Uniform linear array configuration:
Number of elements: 8
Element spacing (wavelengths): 1
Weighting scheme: hann
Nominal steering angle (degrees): -45
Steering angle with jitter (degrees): -43.119
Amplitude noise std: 0.05
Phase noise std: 0.05

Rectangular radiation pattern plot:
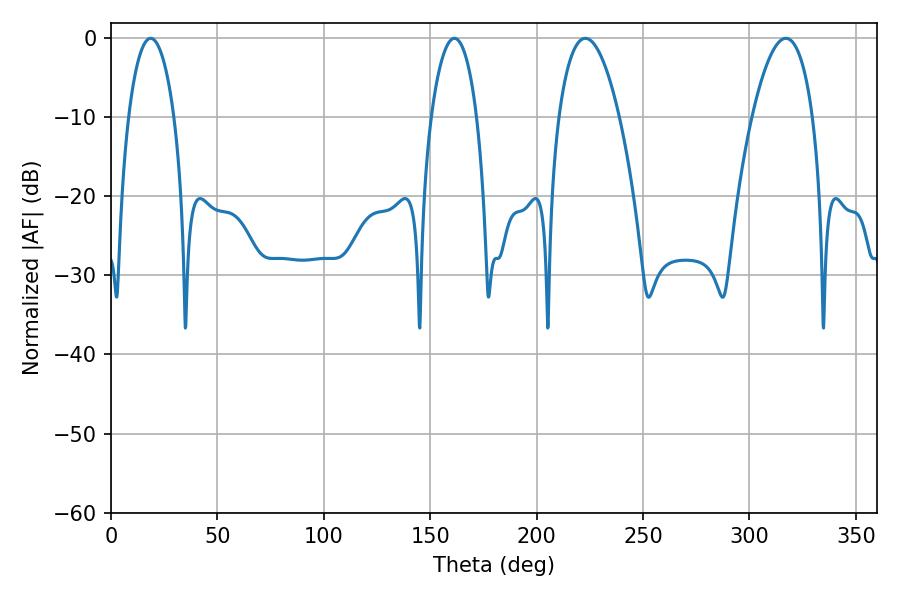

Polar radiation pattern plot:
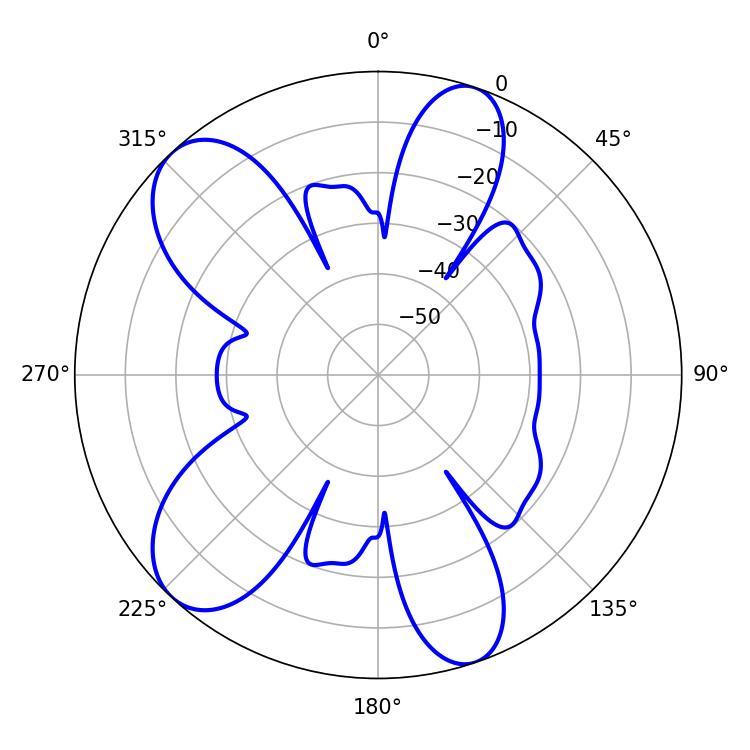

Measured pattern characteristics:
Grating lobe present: TRUE
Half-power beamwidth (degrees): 15.84
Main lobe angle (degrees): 222.84